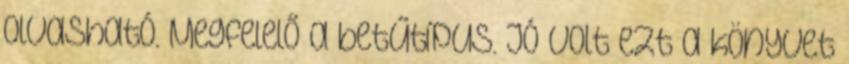
olvasható. Megfelelő a betűtípus. Jó volt ezt a könyvet